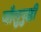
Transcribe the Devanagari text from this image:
जौलुपुक्की